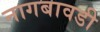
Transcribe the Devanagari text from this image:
नागबावडी